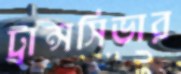
ট্রান্সসিভার